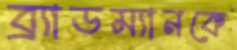
ব্র্যাডম্যানকে